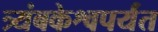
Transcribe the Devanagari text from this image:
त्र्यंबकेश्वपर्यंत